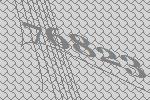
76823